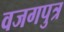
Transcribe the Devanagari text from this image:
वजगपुत्र